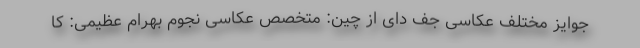
جوایز مختلف عکاسی جف دای از چین: متخصص عکاسی نجوم بهرام عظیمی: کا